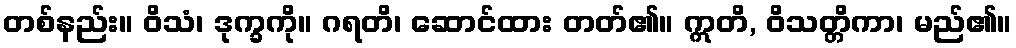
တစ်နည်း။ ဝိသံ၊ ဒုက္ခကို။ ဂရတိ၊ ဆောင်ထား တတ်၏။ ဣတိ, ဝိသတ္တိကာ၊ မည်၏။